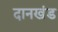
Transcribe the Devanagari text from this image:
दानखंड